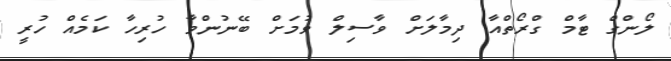
ލޯންގް ޓާމް ގްރޯތްއާ ދިމާލަށް ވާސިލް ވުމަށް ބޭނުންވާ ހުރިހާ ކަމެއް ހުރީ